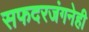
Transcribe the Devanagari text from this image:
सफदरजंगनेही